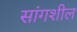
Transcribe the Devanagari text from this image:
सांगशील